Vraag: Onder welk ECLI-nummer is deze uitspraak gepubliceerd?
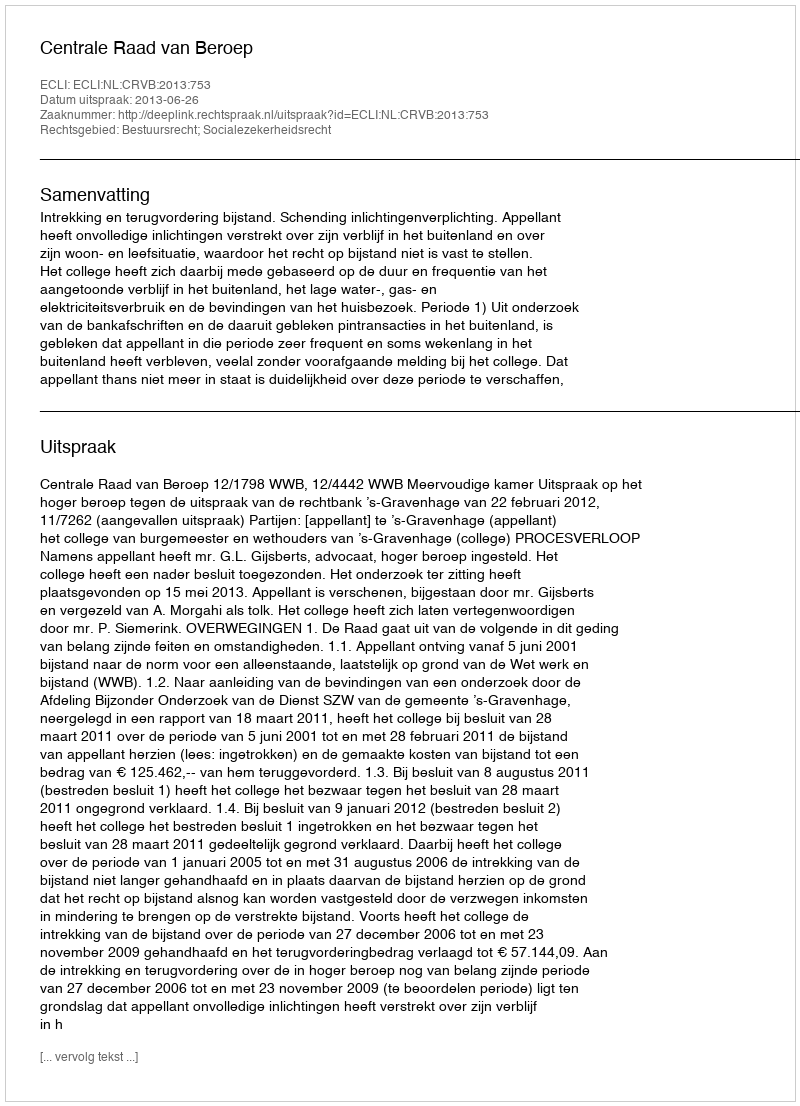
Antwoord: ECLI:NL:CRVB:2013:753